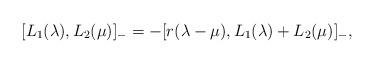
LaTeX: \begin{align*}[L\sb 1(\lambda), L\sb 2(\mu)]\sb - = -[r(\lambda-\mu), L\sb 1(\lambda)+L\sb 2(\mu)]\sb -,\end{align*}